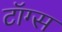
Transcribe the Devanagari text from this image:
टॉग्स